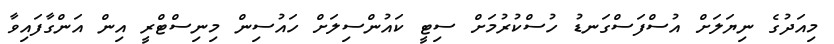
މިއަދުގެ ނިޔަލަށް އުސްފަސްގަނޑު ހުސްކުރުމަށް ސިޓީ ކައުންސިލަށް ހައުސިން މިނިސްޓްރީ އިން އަންގާފައިވާ